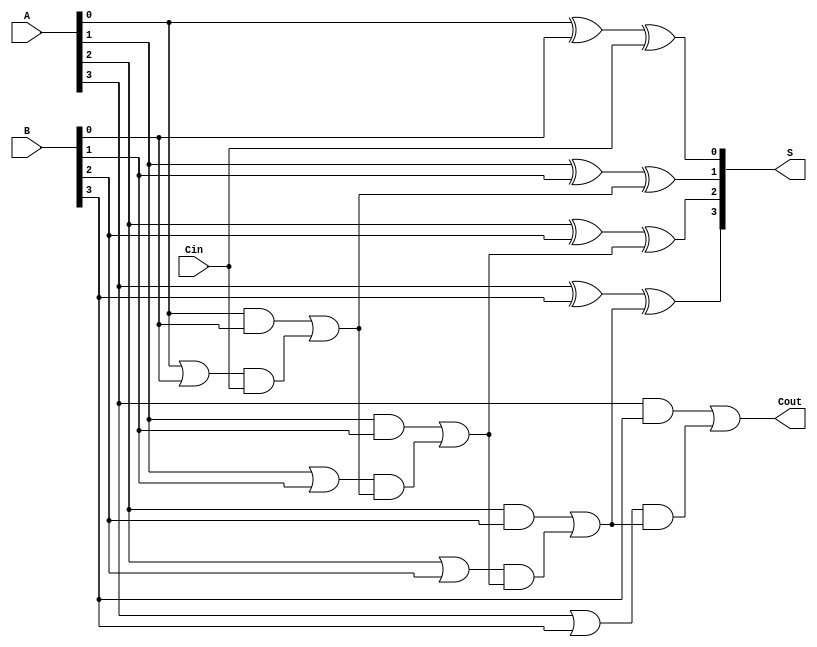
module carry_lookahead_adder #(parameter N = 4) (
    input  wire [N-1:0] A,       // First n-bit input
    input  wire [N-1:0] B,       // Second n-bit input
    input  wire Cin,              // Carry input
    output wire [N-1:0] S,        // Sum output
    output wire Cout              // Carry output
);

    // Generate and propagate signals
    wire [N-1:0] G; // Generate
    wire [N-1:0] P; // Propagate
    wire [N:0] C;   // Carry

    // Generate and Propagate logic
    genvar i;
    generate
        for (i = 0; i < N; i = i + 1) begin : gen_prop
            assign G[i] = A[i] & B[i]; // Generate
            assign P[i] = A[i] | B[i]; // Propagate
        end
    endgenerate

    // Carry generation
    assign C[0] = Cin; // Carry input
    generate
        for (i = 1; i <= N; i = i + 1) begin : carry_gen
            assign C[i] = G[i-1] | (P[i-1] & C[i-1]);
        end
    endgenerate

    // Sum calculation
    generate
        for (i = 0; i < N; i = i + 1) begin : sum_calc
            assign S[i] = A[i] ^ B[i] ^ C[i]; // Sum
        end
    endgenerate

    // Carry output
    assign Cout = C[N]; // Final carry out

endmodule